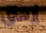
إرهاق